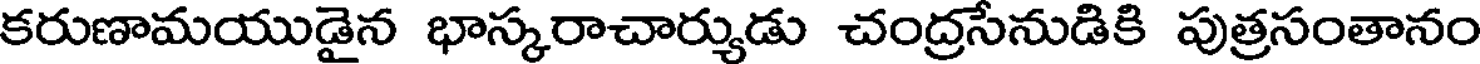
కరుణామయుడైన భాస్కరాచార్యుడు చంద్రసేనుడికి పుత్రసంతానం